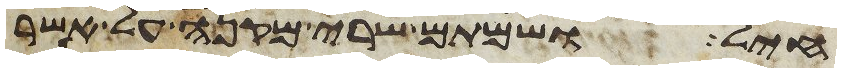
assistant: חיל ושמתם שרי מקנה על אשר